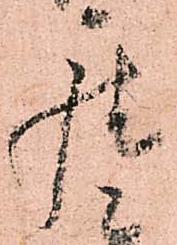
座